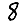
Digit: 8